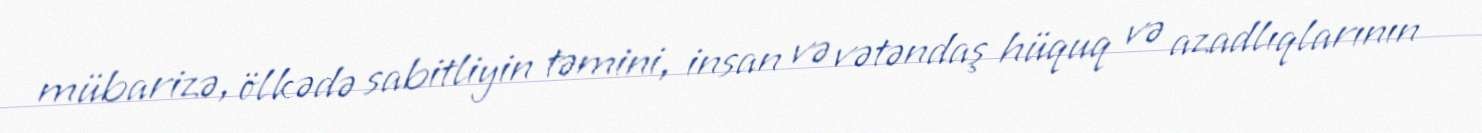
mübarizə, ölkədə sabitliyin təmini, insan və vətəndaş hüquq və azadlıqlarının